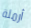
أرملة